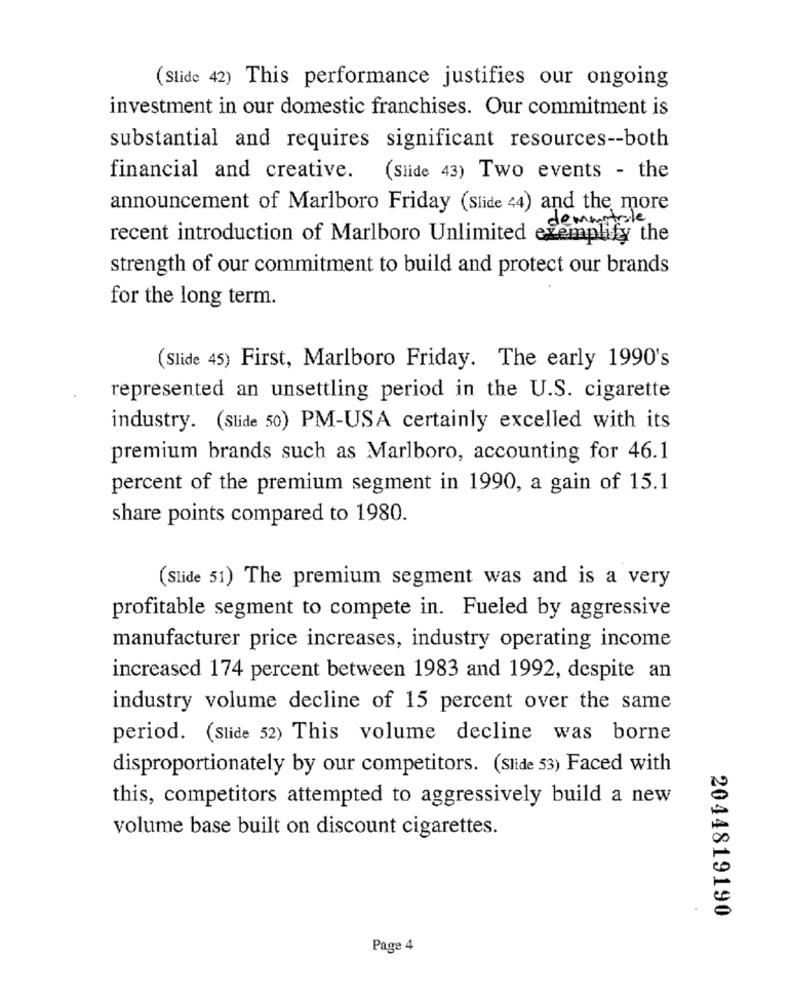
(Slide 42) This performance justifies our ongoing
investment in our domestic franchises. Our commitment is
substantial and requires significant resources -- both
financial and creative. (Slide 43) Two events - the
announcement of Marlboro Friday (Slide 44) and the more
demmitale
recent introduction of Marlboro Unlimited exemplify the
strength of our commitment to build and protect our brands
for the long term.
(Slide 45) First, Marlboro Friday. The early 1990's
represented an unsettling period in the U.S. cigarette
industry. (Slide 50) PM-USA certainly excelled with its
premium brands such as Marlboro, accounting for 46.1
percent of the premium segment in 1990, a gain of 15.1
share points compared to 1980.
(Slide 51) The premium segment was and is a very
profitable segment to compete in. Fueled by aggressive
manufacturer price increases, industry operating income
increased 174 percent between 1983 and 1992, despite an
industry volume decline of 15 percent over the same
period. (Slide 52) This volume decline was borne
disproportionately by our competitors. (Slide 53) Faced with
this, competitors attempted to aggressively build a new
volume base built on discount cigarettes.
2044819190
Page 4